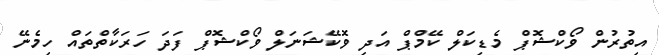
އިތުރުން ވޯކްޝޮޕް މެޑިކަލް ކޭމްޕް އަދި ވޮކޭޝަނަލް ވޯކްޝޮޕް ފަދަ ހަރަކާތްތައް ހިމެނޭ